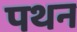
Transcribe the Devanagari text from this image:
पथन